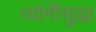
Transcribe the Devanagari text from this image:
त्यांनीसुद्धा